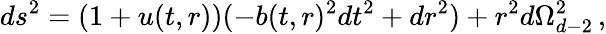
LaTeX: ds^{2}=(1+u(t,r))(-b(t,r)^{2}dt^{2}+dr^{2})+r^{2}d\Omega_{d-2}^{2}\, ,